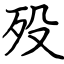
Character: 殁